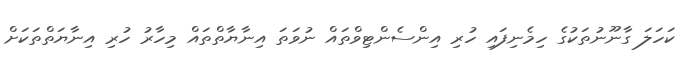
ކަހަލަ ގާނޫނުތަކުގެ ހިމެނިފައި ހުރި އިންސެންޓިވްތައް ނުވަތަ އިނާޔާތްތައް މިހާރު ހުރި އިނާޔަތްތަކަށް